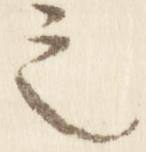
之